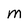
Character: M